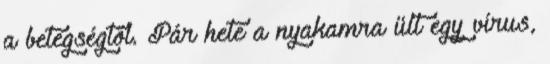
a betegségtől. Pár hete a nyakamra ült egy vírus,